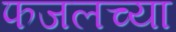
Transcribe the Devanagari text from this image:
फजलच्या